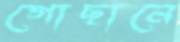
গোছানে